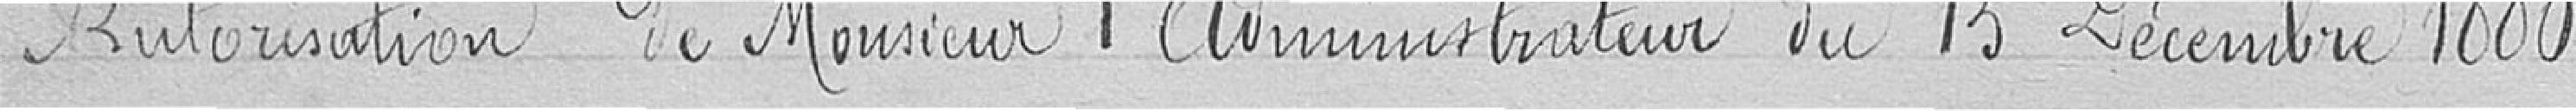
Autorisation de Monsieur l'administrateur du 15 décembre 1880